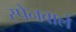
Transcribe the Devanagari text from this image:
स्पेनवाले